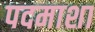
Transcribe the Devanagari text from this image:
पदमाशा